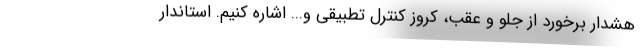
هشدار برخورد از جلو و عقب، کروز کنترل تطبیقی و... اشاره کنیم. استاندار